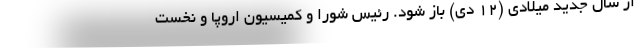
از سال جدید میلادی (۱۲ دی) باز شود. رئیس شورا و کمیسیون اروپا و نخست